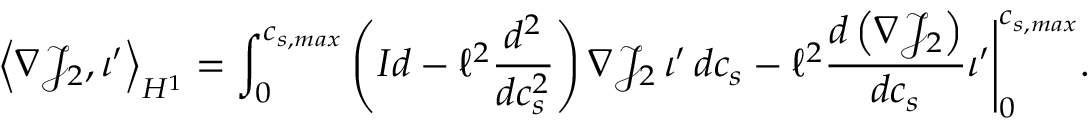
\Big \langle \nabla \mathcal { J } _ { 2 } , \iota ^ { \prime } \Big \rangle _ { H ^ { 1 } } = \int _ { 0 } ^ { c _ { s , m a x } } \left( I d - \ell ^ { 2 } \frac { d ^ { 2 } } { d c _ { s } ^ { 2 } } \right) \nabla \mathcal { J } _ { 2 } \, \iota ^ { \prime } \, d c _ { s } - \ell ^ { 2 } \frac { d \left( \nabla \mathcal { J } _ { 2 } \right) } { d c _ { s } } \iota ^ { \prime } \Bigg | _ { 0 } ^ { c _ { s , m a x } } .